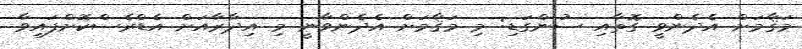
މަޤާމަށް އެދެންވީ ގޮތާއި ސުންގަޑި: މި މަޤާމަށް އެދެންވާނީ މި އިދާރާއަށް އެޑްރެސްކޮށްފައިވާ